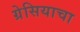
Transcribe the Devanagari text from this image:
ग्रेसियाचा